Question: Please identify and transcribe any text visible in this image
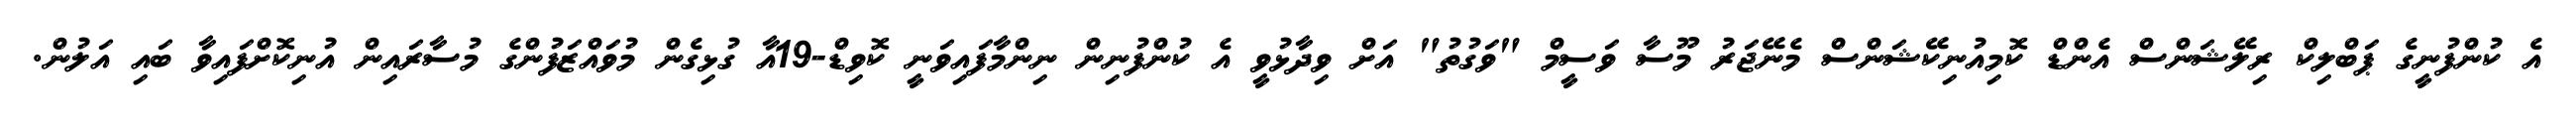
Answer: އެ ކުންފުނީގެ ޕަބްލިކް ރިލޭޝަންސް އެންޑް ކޮމިއުނިކޭޝަންސް މެނޭޖަރު މޫސާ ވަސީމް "ވަގުތު" އަށް ވިދާޅުވީ އެ ކުންފުނިން ނިންމާފައިވަނީ ކޮވިޑް-19އާ ގުޅިގެން މުވައްޒަފުންގެ މުސާރައިން އުނިކޮށްފައިވާ ބައި އަލުން.